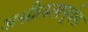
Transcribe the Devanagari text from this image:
अश्लीलतापूर्वक